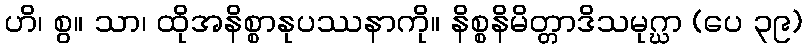
ဟိ၊ စွ။ သာ၊ ထိုအနိစ္စာနုပဿနာကို။ နိစ္စနိမိတ္တာဒိသမုဂ္ဃာ (ပေ ၃၉)